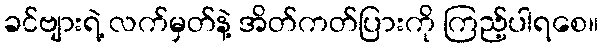
ခင်ဗျားရဲ့ လက်မှတ်နဲ့ အိတ်ကတ်ပြားကို ကြည့်ပါရစေ။